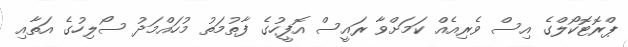
ޕްރޮޓޮކޯލްގެ އިސް ވެރިއެއް ކަމަށްވާ ރައީސް އޮފީހުގެ ފާތުމަތު މުހައްމަދު ސޯލިހުގެ އަތާއި